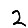
Digit: 2